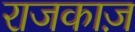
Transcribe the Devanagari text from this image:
राजकाज़